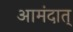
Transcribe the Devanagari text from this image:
आमंदात्‌